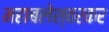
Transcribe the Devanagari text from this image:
महाबलेश्वरकर